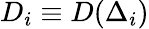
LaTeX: D_{i}\equiv D(\Delta_{i})